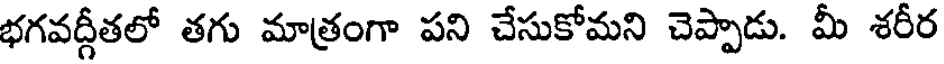
భగవద్గీతలో తగు మాత్రంగా పని చేసుకోమని చెప్పాడు. మీ శరీర